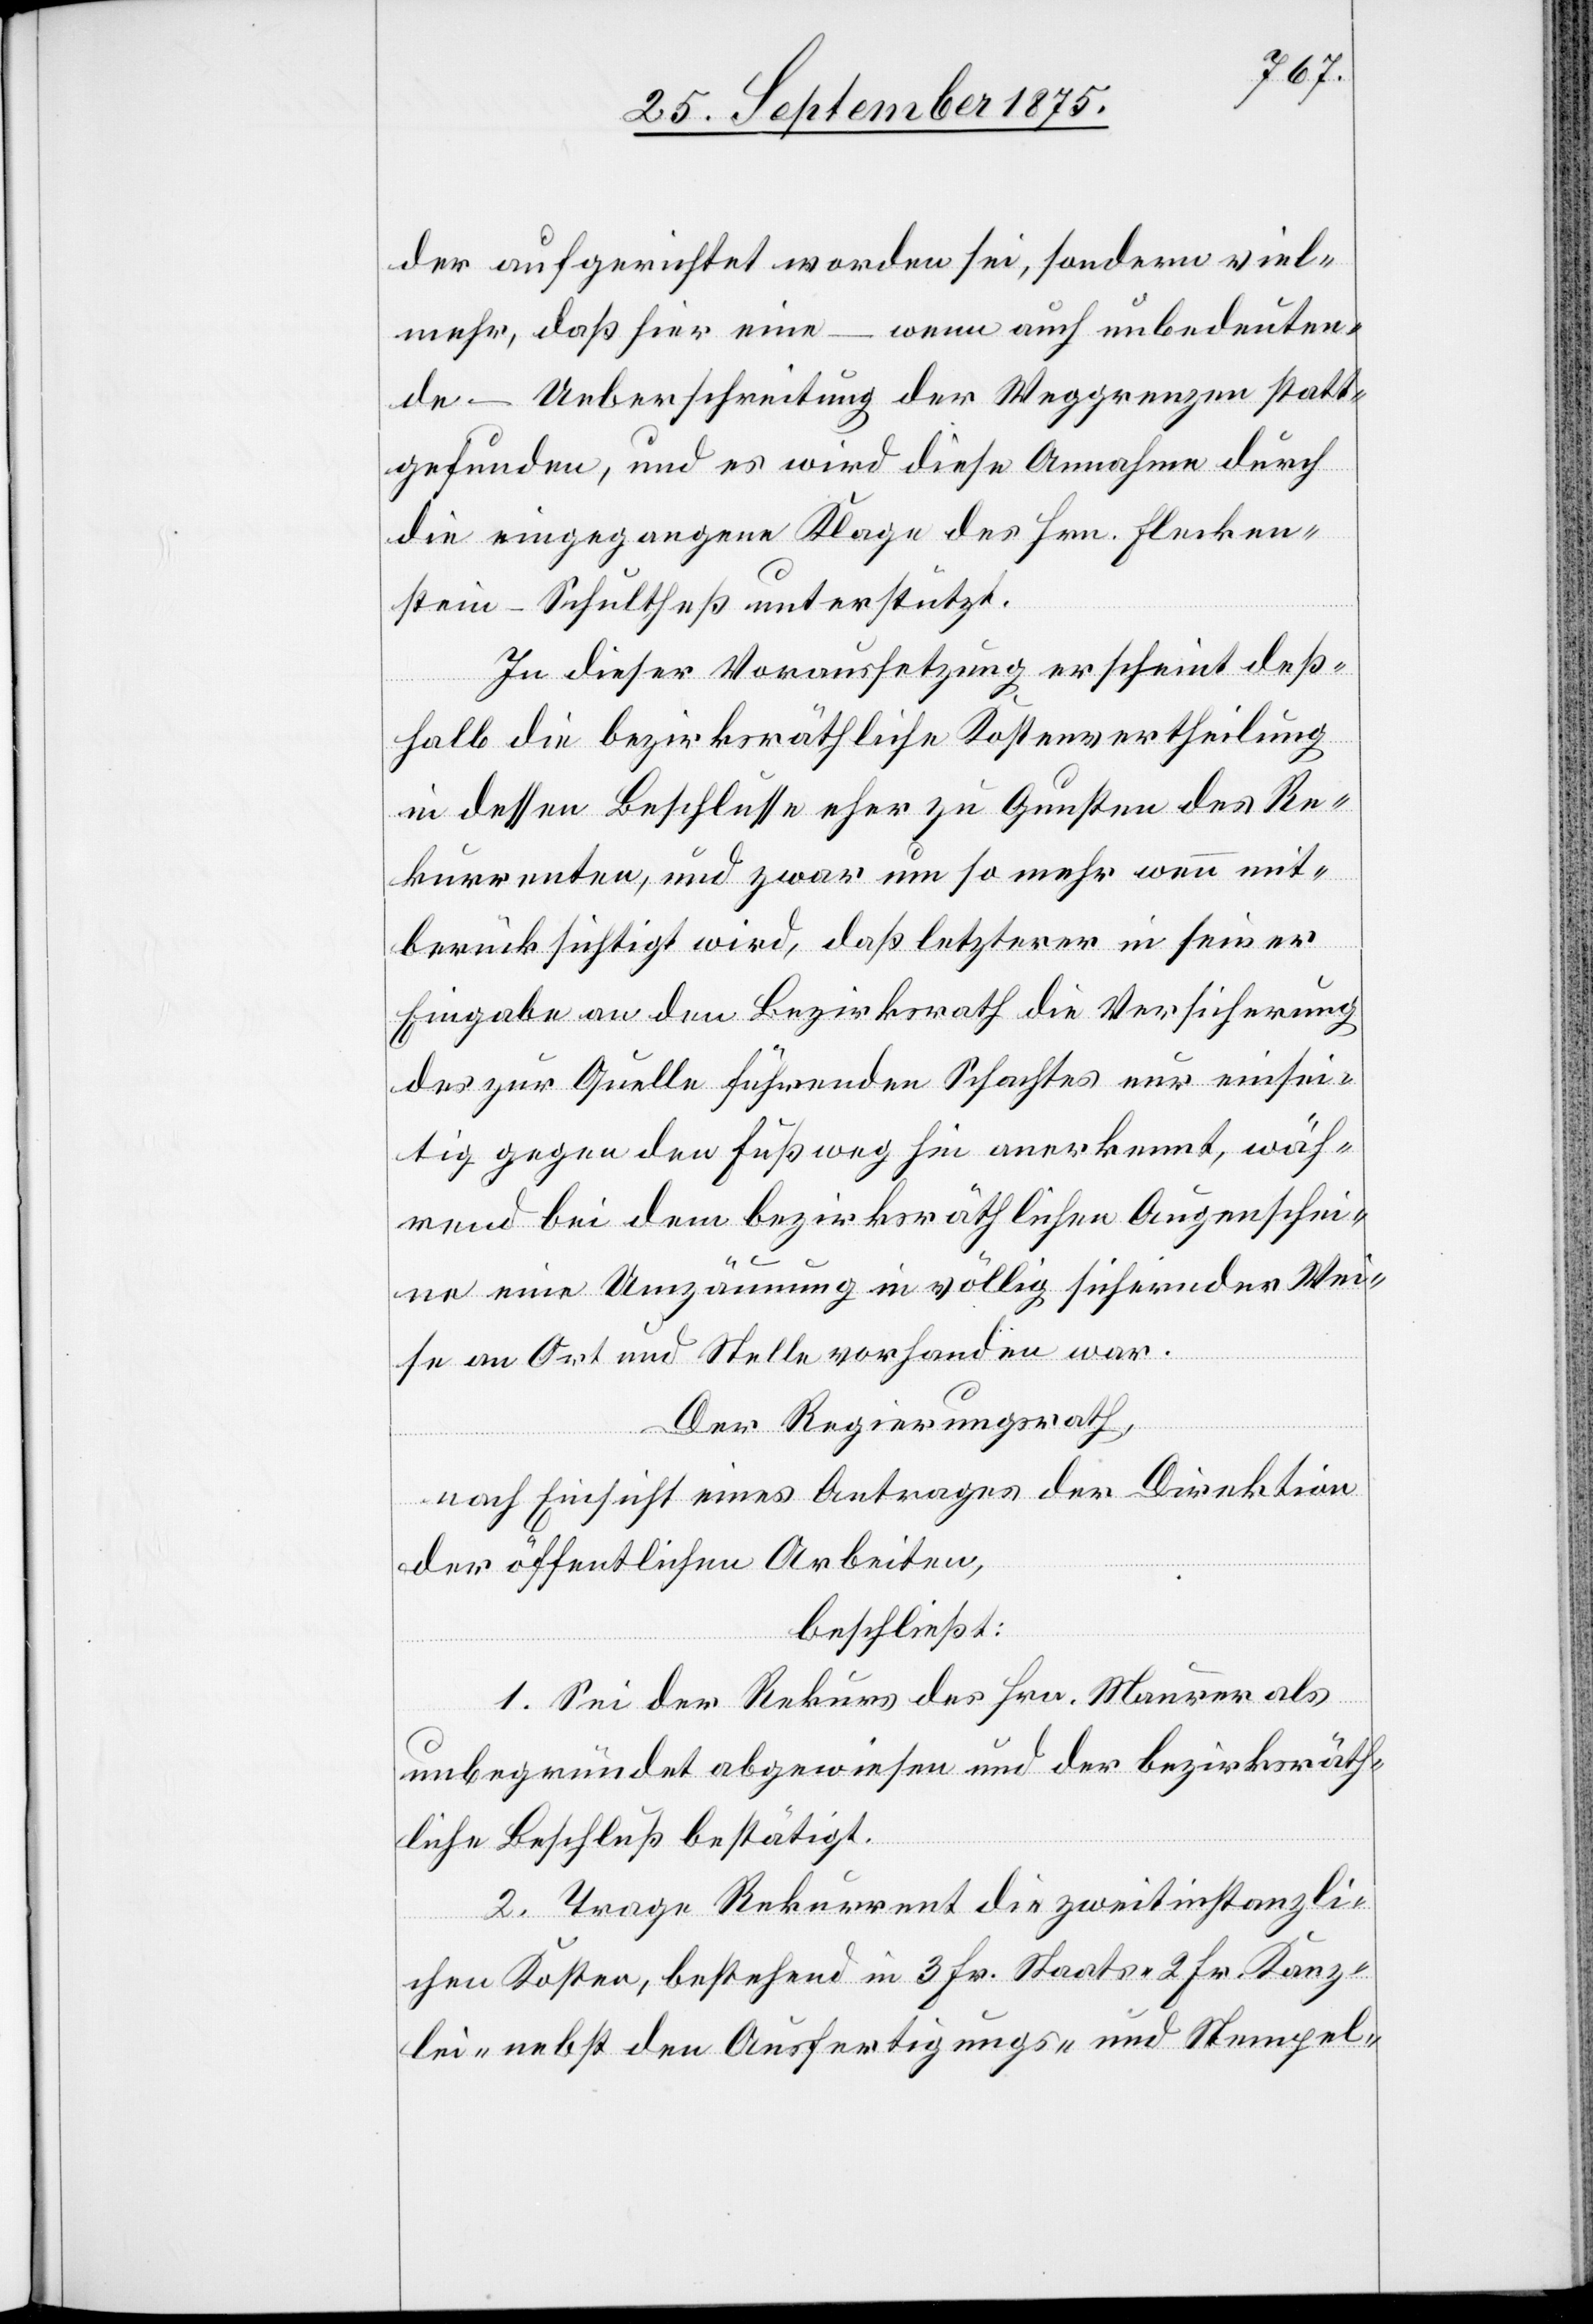
der aufgerichtet worden sei, sondern viel¬
mehr, daß hier eine – wenn auch unbedeuten¬
de – Ueberschreitung der Weggrenzen statt¬
gefunden, und es wird diese Annahme durch
die eingegangene Klage des Hrn. Flecken¬
stein-Schultheß unterstützt.
In dieser Voraussetzung erscheint deß¬
halb die bezirksräthliche Kostenvertheilung
in dessen Beschlusse eher zu Gunsten des Re¬
kurrenten, und zwar um so mehr wenn mit¬
berücksichtigt wird, daß letzterer in seiner
Eingabe an den Bezirksrath die Versicherung
des zur Quelle führenden Schachtes nur einsei¬
tig gegen den Fußweg hin anerkannt, wäh¬
rend bei dem bezirksräthlichen Augenschei¬
ne eine Umzäunung in völlig sichernder Wei¬
se an Ort und Stelle vorhanden war.
Der Regierungsrath,
nach Einsicht eines Antrages der Direktion
der öffentlichen Arbeiten,
beschließt:
1. Sei der Rekurs des Hrn. Maurer als
unbegründet abgewiesen und der bezirksräth¬
liche Beschluß bestätigt.
2. Trage Rekurrent die zweitinstanzli¬
chen Kosten, bestehend in 3 Fr. Staats- 2 Fr. Kanz¬
lei- nebst den Ausfertigungs- und Stempel-